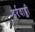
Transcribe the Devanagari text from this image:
इर्रवाड्डी